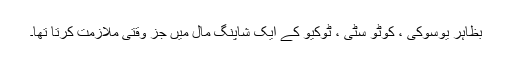
بظاہر یوسوکی ، کوٹو سٹی ، ٹوکیو کے ایک شاپنگ مال میں جز وقتی ملازمت کرتا تھا۔